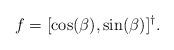
LaTeX: \begin{align*}f& =[\cos(\beta), \sin(\beta)]^\dagger.\end{align*}